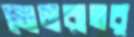
ভোমরাতর্